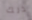
ذلك